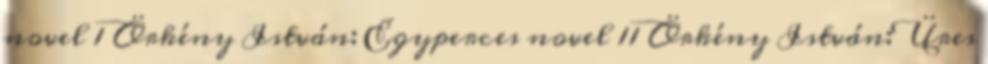
novel 1 Örkény István: Egyperces novel 11 Örkény István:Üres